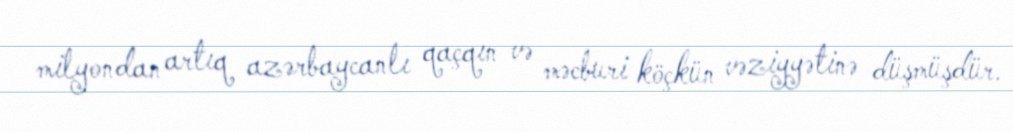
milyondan artıq azərbaycanlı qaçqın və məcburi köçkün vəziyyətinə düşmüşdür.